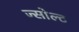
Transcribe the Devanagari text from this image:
ज्सोल्ट